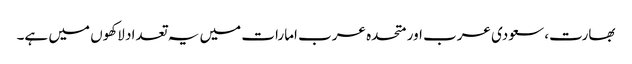
بھارت، سعودی عرب اور متحدہ عرب امارات میں یہ تعداد لاکھوں میں ہے۔